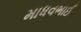
માધવભાઈ